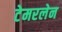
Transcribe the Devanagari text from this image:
टेमरलेन